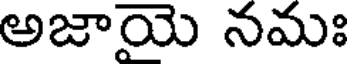
అజాయె నమః